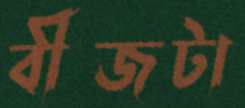
বীজটা